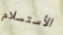
الأستسلام